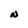
Character: N